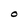
Character: O